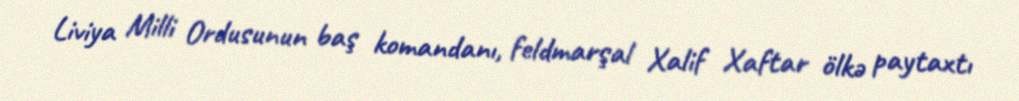
Liviya Milli Ordusunun baş komandanı, feldmarşal Xalif Xaftar ölkə paytaxtı